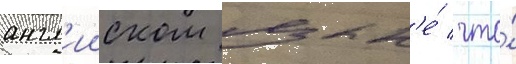
англ'ииском язык'е́ / что́